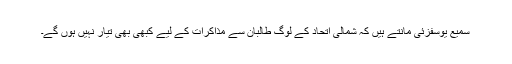
سمیع یوسفزئی مانتے ہیں کہ شمالی اتحاد کے لوگ طالبان سے مذاکرات کے لیے کبھی بھی تیار نہیں ہوں گے۔